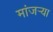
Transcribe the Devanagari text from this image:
मांजर्‍या